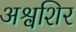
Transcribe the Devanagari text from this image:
अश्वशिर